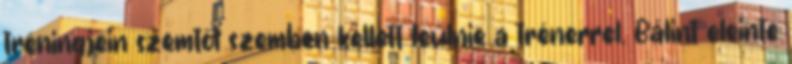
tréningjein szemtől szemben kellett leülnie a trénerrel. Bálint eleinte